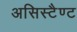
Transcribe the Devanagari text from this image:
असिस्टैण्ट